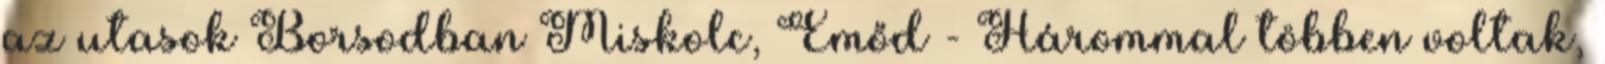
az utasok Borsodban Miskolc, Emőd - Hárommal többen voltak,